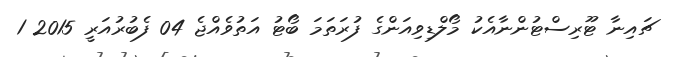
ޗައިނާ ޓޫރިސްޓުންނާއެކު މޯލްޑިވިއަންގެ ފުރަތަމަ ބޯޓު އަތުވެއްޖެ 04 ފެބުރުއަރީ 2015 1